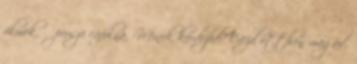
filmek, Ő persze cáfolná. -Minek kérdezed? Érezd otthon magad.